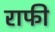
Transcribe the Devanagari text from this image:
राफी